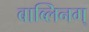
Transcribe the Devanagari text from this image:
बाब्लिनग्